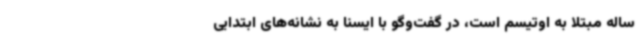
ساله مبتلا به اوتیسم است، در گفت‌وگو با ایسنا به نشانه‌های ابتدایی